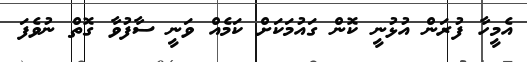
އެމީހާ ފުރަން އުޅުނީ ކޮން ގައުމަކަށް ކަމެއް ވަނީ ސާފުވާ ގޮތް ނުވެފަ